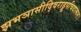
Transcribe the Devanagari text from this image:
झभञासीद्विराड्रूपचिदात्मनः।